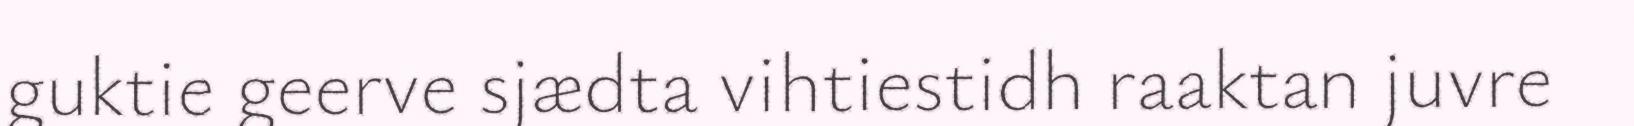
guktie geerve sjædta vihtiestidh raaktan juvre